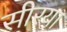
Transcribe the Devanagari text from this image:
सीरया